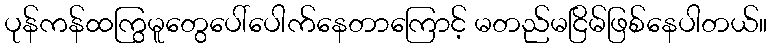
ပုန်ကန်ထကြွမူတွေပေါ်ပေါက်နေတာကြောင့် မတည်မငြိမ်ဖြစ်နေပါတယ်။